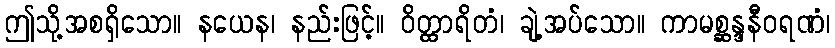
ဤသို့အစရှိသော။ နယေန၊ နည်းဖြင့်။ ဝိတ္ထာရိတံ၊ ချဲ့အပ်သော။ ကာမစ္ဆန္ဒနီဝရဏံ၊